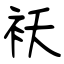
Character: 袄